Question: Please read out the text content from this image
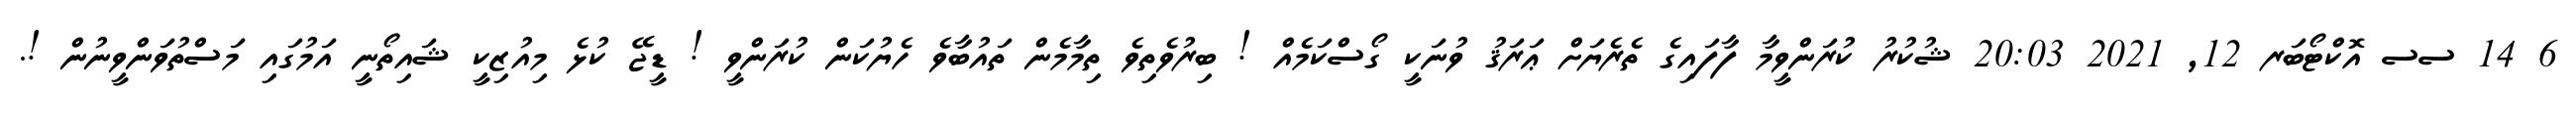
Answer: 6 14 ސސ އޮކްޓޯބަރ 12, 2021 20:03 ޝުކުރު ކުރަންވީމާ ފާފައިގެ ތެރެޔަށް ޢަރަޤު ވުނަކީ ގޯސްކަމެއް ! ބިރުވެތިވެ ތިމާމެން ތައުބާވެ ހެޔުކަން ކުރަންވީ ! ޑީޖޭ ކުޅެ މިއުޒިކީ ޝައިތޯނީ އަމުގައި މަސްތުވަންވީނުން !.